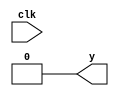
module top (
  output wire y,
  input wire clk,
);

  wire [2:0] wire1 = 3'b000;
  assign y = wire1; 
endmodule